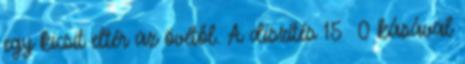
egy kicsit eltér az övétől. A díszítés 15 0 kásával